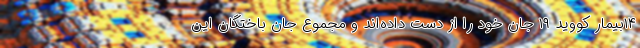
۱۴بیمار کووید ۱۹ جان خود را از دست داده‌اند و مجموع جان باختگان این